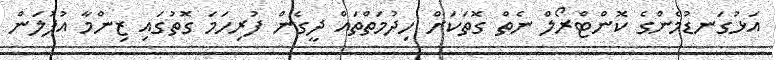
އަޅުގަނޑުމެންގެ ކޮންޓްރޯލް ނެތް ގޮތަކަށް ހިދުމަތްތައް ދީގެން ފުރިހަމަ ގޮތުގައި ޒިންމާ އުފުލަން